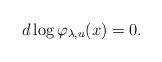
LaTeX: \begin{align*}d\log \varphi_{\lambda, u}(x) = 0.\end{align*}